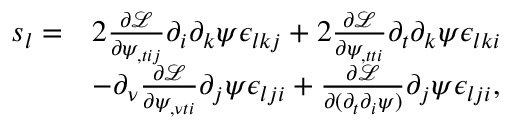
\begin{array} { r l } { s _ { l } = } & { 2 \frac { \partial \mathcal L } { \partial \psi _ { , t i j } } \partial _ { i } \partial _ { k } \psi \epsilon _ { l k j } + 2 \frac { \partial \mathcal L } { \partial \psi _ { , t t i } } \partial _ { t } \partial _ { k } \psi \epsilon _ { l k i } } \\ & { - \partial _ { \nu } \frac { \partial \mathcal L } { \partial \psi _ { , \nu t i } } \partial _ { j } \psi \epsilon _ { l j i } + \frac { \partial \mathcal { L } } { \partial ( \partial _ { t } \partial _ { i } \psi ) } \partial _ { j } \psi \epsilon _ { l j i } , } \end{array}